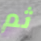
ثم